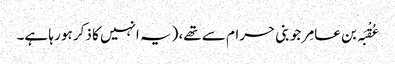
عُقْبَہ بن عامِر جو بنی حرام سے تھے، (یہ انہیں کا ذکر ہو رہا ہے۔